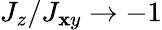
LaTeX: J_{z}/J_{\mathbf{x}y}\rightarrow-1